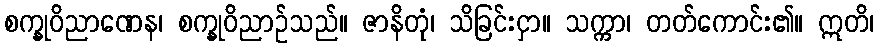
စက္ခုဝိညာဏေန၊ စက္ခုဝိညာဉ်သည်။ ဇာနိတုံ၊ သိခြင်းငှာ။ သက္ကာ၊ တတ်ကောင်း၏။ ဣတိ၊